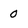
Character: 0